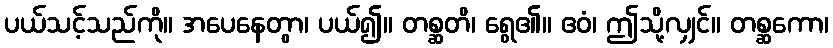
ပယ်သင့်သည်ကို။ အပေနေတွာ၊ ပယ်၍။ တစ္ဆတိ၊ ရွေ၏။ ဧဝံ၊ ဤသို့လျှင်။ တစ္ဆကော၊